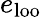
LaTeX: e_{\mathrm{loo}}